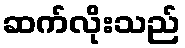
ဆက်လိုးသည်